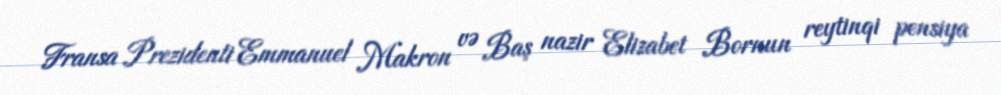
Fransa Prezidenti Emmanuel Makron və Baş nazir Elizabet Bornun reytinqi pensiya